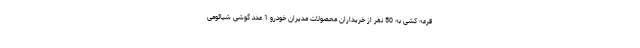
قرعه کشی به 50 نفر از خریداران محصولات مدیران خودرو 1 عدد گوشی شیائومی